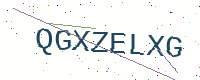
Text: QGXZELXG